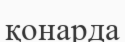
қонарда